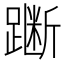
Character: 𫏞